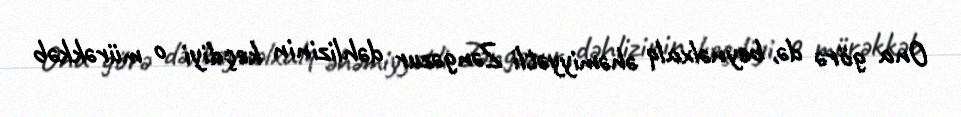
Ona görə də, beynəlxalq əhəmiyyətli Zəngəzur dəhlizinin keçdiyi o mürəkkəb